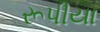
રૂપીયા